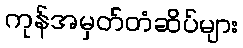
ကုန်အမှတ်တံဆိပ်များ